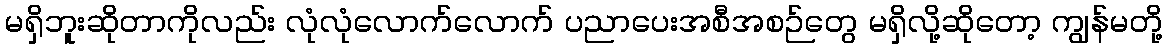
မရှိဘူးဆိုတာကိုလည်း လုံလုံလောက်လောက် ပညာပေးအစီအစဉ်တွေ မရှိလို့ဆိုတော့ ကျွန်မတို့